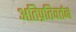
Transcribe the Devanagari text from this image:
अतिप्रतिवर्तन